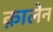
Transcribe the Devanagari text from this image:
क़ालेन